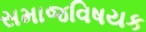
સમાજવિષયક